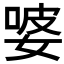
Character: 𭒂